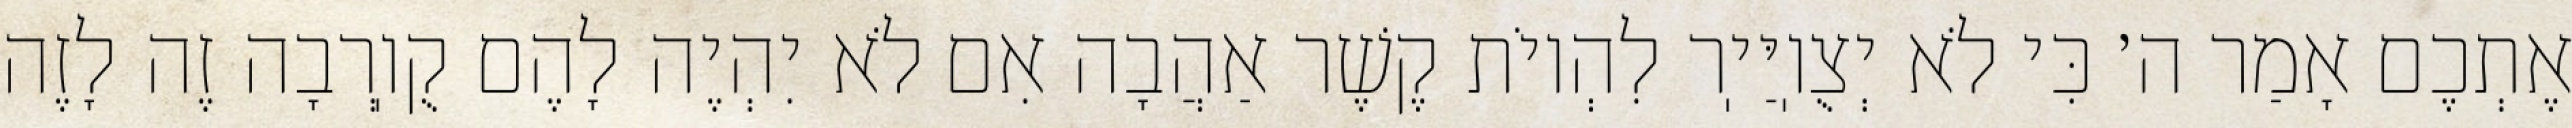
אֶתְכֶם אָמַר ה׳ כִּי לֹא יְצֻוֽיַּיֽר לִהְיוֹת קֶשֶׁר אַהֲבָה אִם לֹא יִהְיֶה לָהֶם קֻוֽרְבָה זֶה לָזֶה